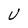
Character: U